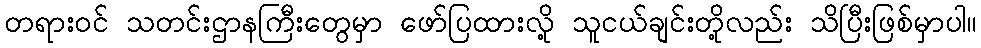
တရားဝင် သတင်းဌာနကြီးတွေမှာ ဖော်ပြထားလို့ သူငယ်ချင်းတို့လည်း သိပြီးဖြစ်မှာပါ။